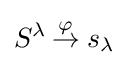
S^{\lambda }\,{\stackrel {\varphi }{\to }}\;s_{\lambda }